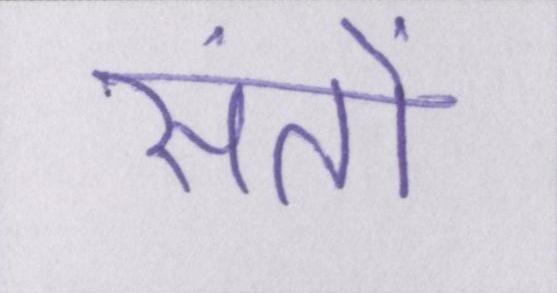
संतों